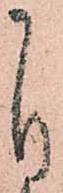
自